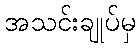
အသင်းချုပ်မှ